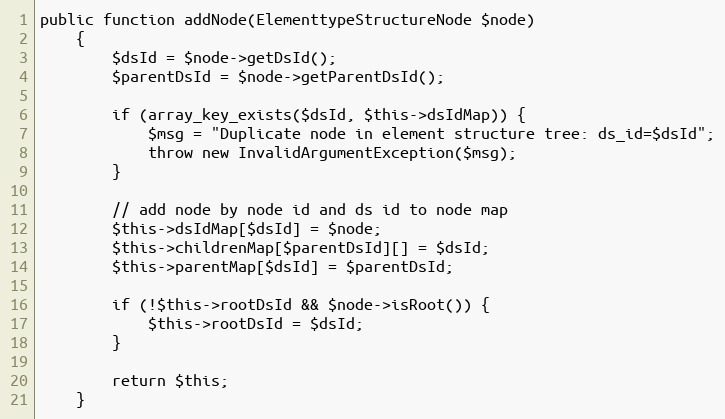
Language: PHP
public function addNode(ElementtypeStructureNode $node)
    {
        $dsId = $node->getDsId();
        $parentDsId = $node->getParentDsId();

        if (array_key_exists($dsId, $this->dsIdMap)) {
            $msg = "Duplicate node in element structure tree: ds_id=$dsId";
            throw new InvalidArgumentException($msg);
        }

        // add node by node id and ds id to node map
        $this->dsIdMap[$dsId] = $node;
        $this->childrenMap[$parentDsId][] = $dsId;
        $this->parentMap[$dsId] = $parentDsId;

        if (!$this->rootDsId && $node->isRoot()) {
            $this->rootDsId = $dsId;
        }

        return $this;
    }